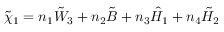
\tilde { \chi } _ { 1 } = n _ { 1 } \tilde { W } _ { 3 } + n _ { 2 } \tilde { B } + n _ { 3 } \hat { H } _ { 1 } + n _ { 4 } \tilde { H } _ { 2 } \,